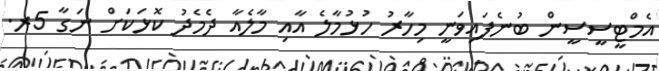
އެމްޓީސީސީން ބުނެފައިވަނީ މިހާރު ހުޅުމާލެ އާއި މާލެއާ ދެމެދު ކޮޅަކަށް ނަގާ 5ރ.